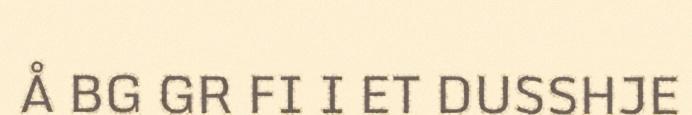
Å BG GR FI I ET DUSSHJE